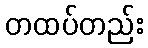
တထပ်တည်း